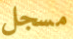
مسجل